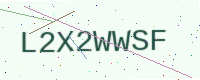
Text: L2X2WWSF